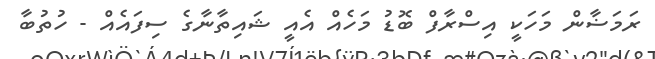
ރަމަޟާން މަހަކީ އިސްރާފް ބޮޑު މަހެއް އެއީ ޝައިތާނާގެ ސިފައެއް - ހުތުބާ